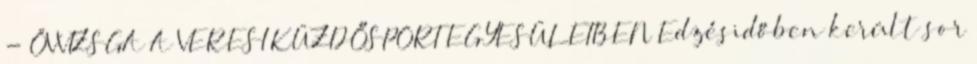
- ÖVVIZSGA A VERESI KÜZDŐSPORT EGYESÜLETBEN Edzésidőben került sor